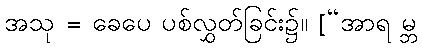
အသု = ခေပေ ပစ်လွှတ်ခြင်း၌။ [“အာရ မ္ဘ